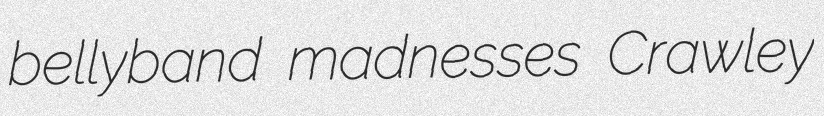
bellyband madnesses Crawley